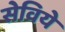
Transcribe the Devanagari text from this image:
सेविये